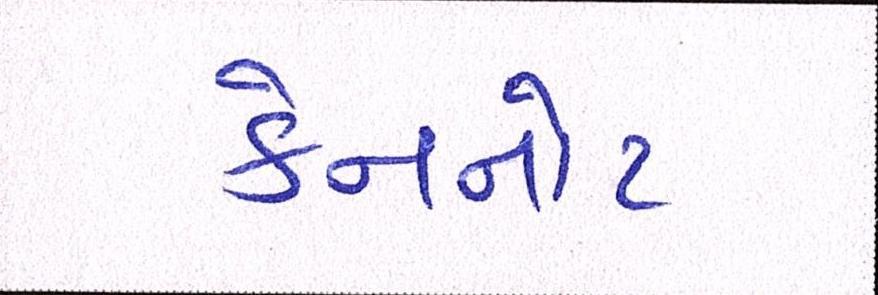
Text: કેનનોટ